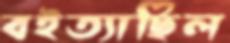
বইত্যাছিল